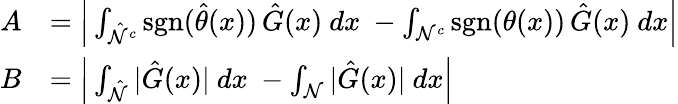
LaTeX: \begin{array}{rl}{A}&{=\Big\vert\int_{\hat{\mathcal{N}}^{c}}\operatorname{sgn}(\hat{\theta}(x))\thinspace\hat{G}(x)\ dx\ -\int_{\mathcal{N}^{c}}\operatorname{sgn}(\theta(x))\thinspace\hat{G}(x)\ dx\Big\vert}\\ {B}&{=\Big\vert\int_{\hat{\mathcal{N}}}\vert\hat{G}(x)\vert\ dx\ -\int_{\mathcal{N}}\vert\hat{G}(x)\vert\ dx\Big\vert}\end{array}